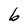
Character: b